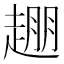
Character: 𬦒